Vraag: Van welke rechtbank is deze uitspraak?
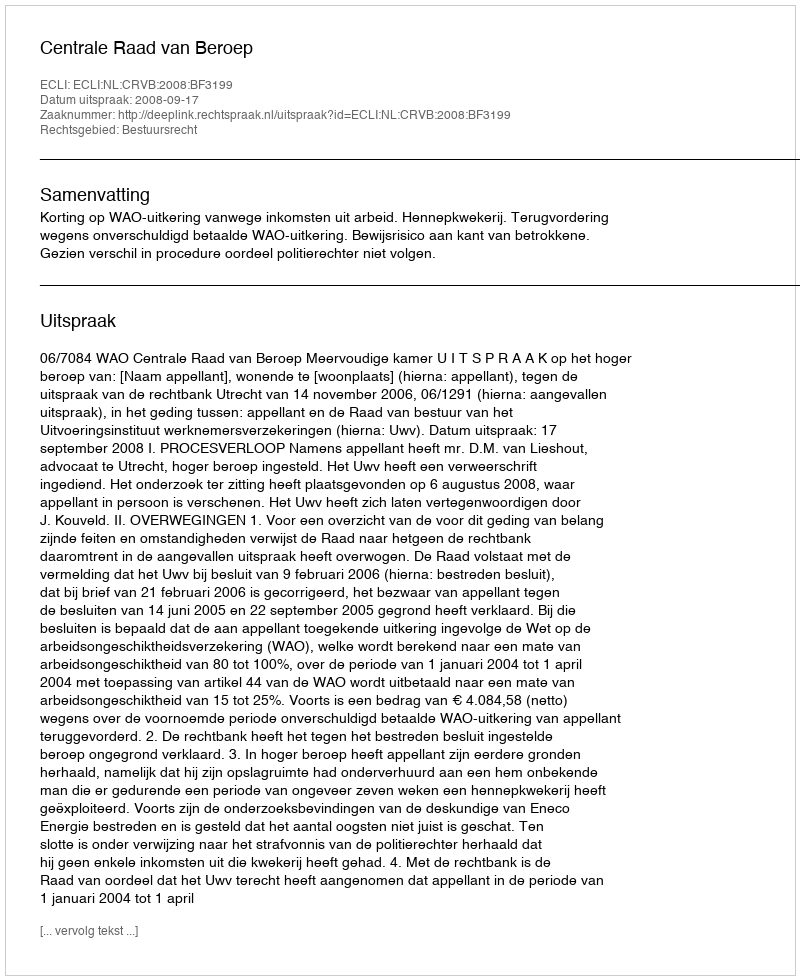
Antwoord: Centrale Raad van Beroep